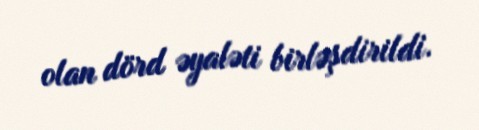
olan dörd əyaləti birləşdirildi.